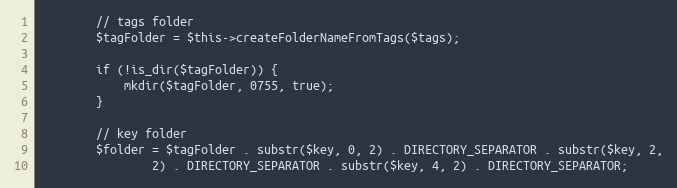
Language: PHP
        // tags folder
        $tagFolder = $this->createFolderNameFromTags($tags);

        if (!is_dir($tagFolder)) {
            mkdir($tagFolder, 0755, true);
        }

        // key folder
        $folder = $tagFolder . substr($key, 0, 2) . DIRECTORY_SEPARATOR . substr($key, 2,
                2) . DIRECTORY_SEPARATOR . substr($key, 4, 2) . DIRECTORY_SEPARATOR;